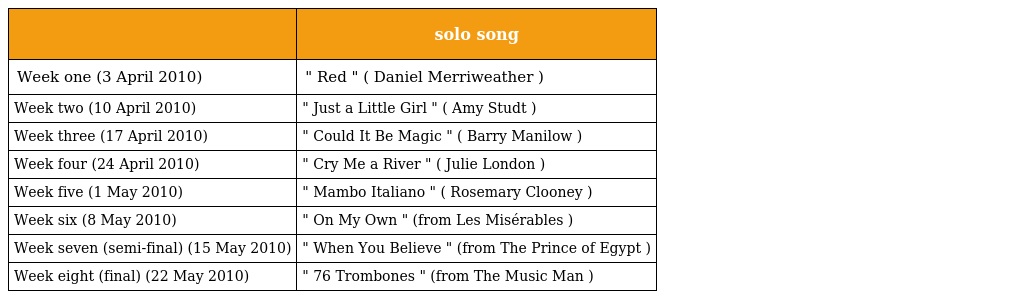
|  | solo song |
 | --- | --- |
 | Week one (3 April 2010) | " Red " ( Daniel Merriweather ) |
 | Week two (10 April 2010) | " Just a Little Girl " ( Amy Studt ) |
 | Week three (17 April 2010) | " Could It Be Magic " ( Barry Manilow ) |
 | Week four (24 April 2010) | " Cry Me a River " ( Julie London ) |
 | Week five (1 May 2010) | " Mambo Italiano " ( Rosemary Clooney ) |
 | Week six (8 May 2010) | " On My Own " (from Les Misérables ) |
 | Week seven (semi-final) (15 May 2010) | " When You Believe " (from The Prince of Egypt ) |
 | Week eight (final) (22 May 2010) | " 76 Trombones " (from The Music Man ) |